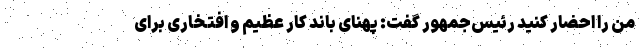
من را احضار کنید رئیس‌جمهور گفت: پهنای باند کار عظیم و افتخاری برای